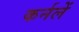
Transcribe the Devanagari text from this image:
कर्नलें